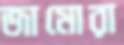
জামোরা